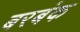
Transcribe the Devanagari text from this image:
बरबंक